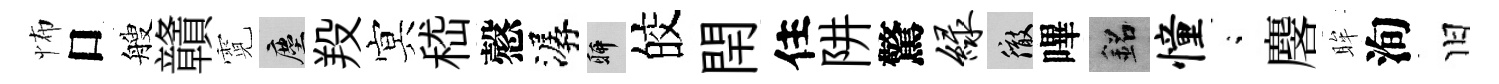
怖口艘贛霓塵羖㝠嵇慤潺聊皎閈住阱驚绿徹嗶銘憧閤麐眸洵旧